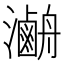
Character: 𤃯